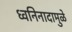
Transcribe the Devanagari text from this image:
ध्वनिनादामुळे